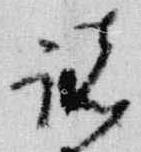
諸